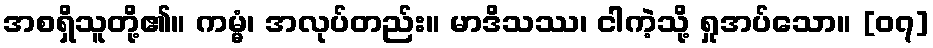
အစရှိသူတို့၏။ ကမ္မံ၊ အလုပ်တည်း။ မာဒိသဿ၊ ငါကဲ့သို့ ရှုအပ်သော။ [၀၇]